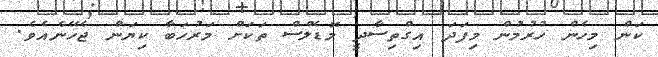
ކަން މިހެން ހުރުމުން މިފަދަ އިގްތިސާދީ މޮޑެލްސް ތަކަށް މަރުހަބާ ކިޔަން ޖެހޭނެއެވެެ.